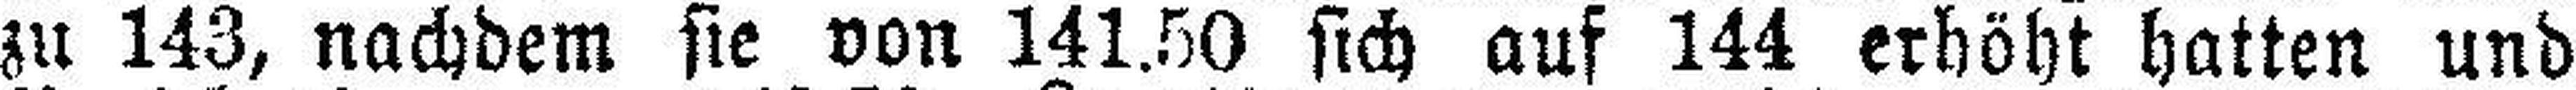
zu 143, nachdem sie von 141.50 sich auf 144 erhöht hatten und